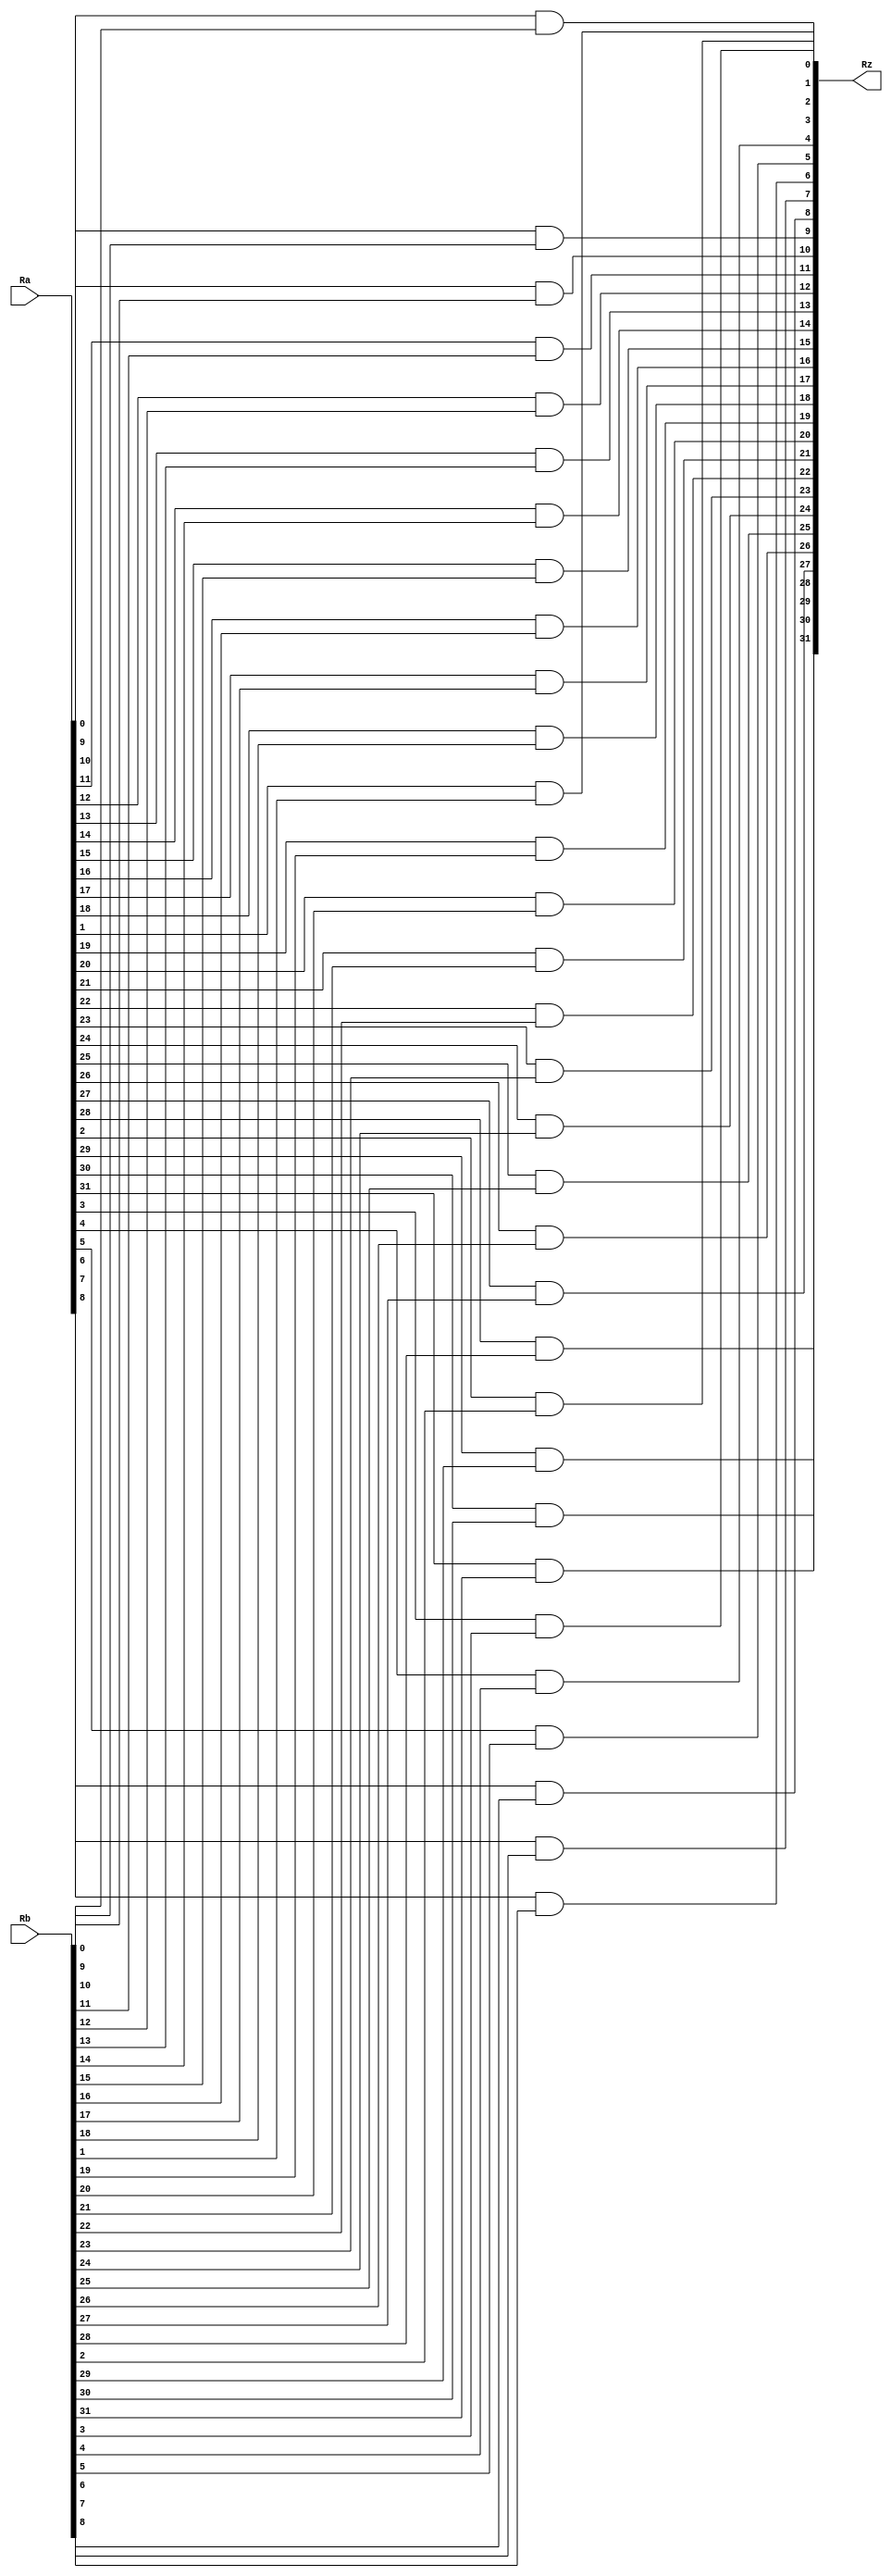
`timescale 1ns / 1ps

module and32(
	input wire [31:0] Ra,
	input wire [31:0] Rb,
	output wire [31:0] Rz
	);
	
	genvar i;
	generate
		for (i=0; i<32; i=i+1) begin : loop
			assign Rz[i] = Ra[i] & Rb[i];
		end
	endgenerate
endmodule